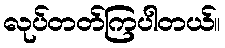
လုပ်တတ်ကြပါတယ်။